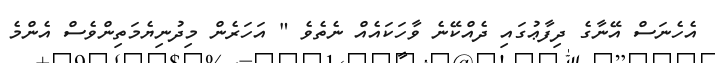
އެހެނަސް އޭނާގެ ދިފާޢުގައި ދެއްކޭނެ ވާހަކައެއް ނެތެވެ " އަހަރެން މިދުނިޔެމަތިންވެސް އެންމެ